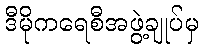
ဒီမိုကရေစီအဖွဲ့ချုပ်မှ